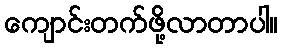
ကျောင်းတက်ဖို့လာတာပါ။